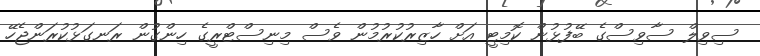
ސިވިލް ސާވިސްގެ ބޭފުޅުން ކޮމިޓީ އަށް ހާޒިރުކުރުމުން ވެސް މިނިސްޓްރީގެ ހިންގުން ރަނގަޅުކުރަންޖެހޭ